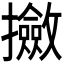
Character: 𫾛